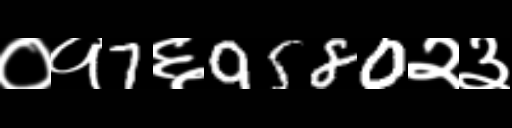
Text: ०१7६9580२३